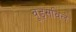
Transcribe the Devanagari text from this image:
वूड्सविले